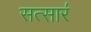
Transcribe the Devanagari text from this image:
सत्सार॔